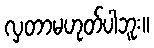
လှတာမဟုတ်ပါဘူး။